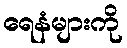
ရေနံများကို